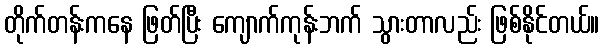
တိုက်တန်းကနေ ဖြတ်ပြီး ကျောက်ကုန်းဘက် သွားတာလည်း ဖြစ်နိုင်တယ်။